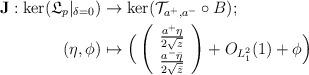
LaTeX: \begin{align*}\mathbf{J}:\ker(\mathfrak{L}_p|_{\delta=0})&\rightarrow \ker(\mathcal{T}_{a^+,a^-}\circ B);\\(\eta,\phi)&\mapsto \Big(\left(\begin{array}{c}\frac{a^+\eta}{2\sqrt{z}}\\\frac{a^-\bar{\eta}}{2\sqrt{\bar{z}}}\end{array}\right)+O_{L^2_1}(1)+\phi\Big)\end{align*}